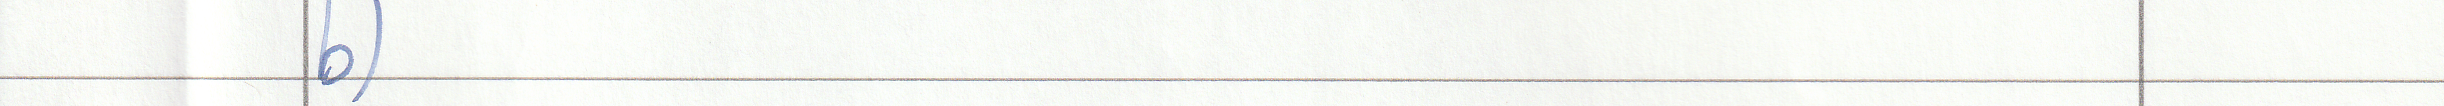
b)